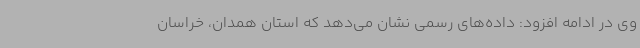
وی در ادامه افزود: داده‌های رسمی نشان می‌دهد که استان همدان، خراسان